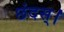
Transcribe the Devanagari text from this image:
छंदस्।